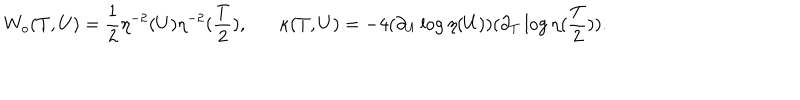
W _ { o } ( T , U ) = \frac { 1 } { 2 } \eta ^ { - 2 } ( U ) \eta ^ { - 2 } ( \frac { T } { 2 } ) , \kappa ( T , U ) = - 4 ( \partial _ { U } \log \eta ( U ) ) ( \partial _ { T } \log \eta ( \frac { T } { 2 } ) ) .